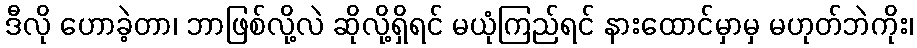
ဒီလို ဟောခဲ့တာ၊ ဘာဖြစ်လို့လဲ ဆိုလို့ရှိရင် မယုံကြည်ရင် နားထောင်မှာမှ မဟုတ်ဘဲကိုး၊